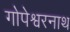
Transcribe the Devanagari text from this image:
गोपेश्वरनाथ